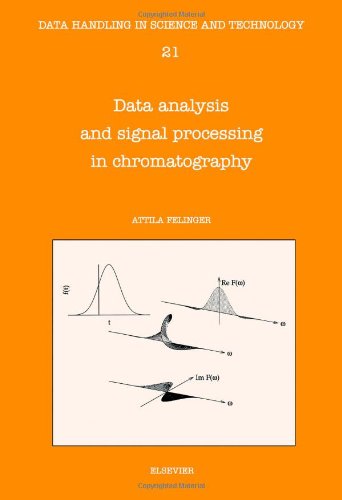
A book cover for Data Analysis and Signal Processing in Chromatography, Volume 21 (Data Handling in Science and Technology); A. Felinger; Science & Math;